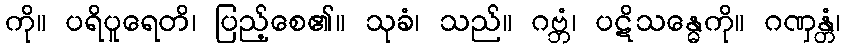
ကို။ ပရိပူရေတိ၊ ပြည့်စေ၏။ သုခံ၊ သည်။ ဂဗ္ဘံ၊ ပဋိသန္ဓေကို။ ဂဏှန္တံ၊